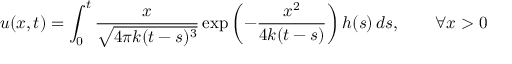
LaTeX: u ( x , t ) = \int _ { 0 } ^ { t } { \frac { x } { \sqrt { 4 \pi k ( t - s ) ^ { 3 } } } } \exp \left( - { \frac { x ^ { 2 } } { 4 k ( t - s ) } } \right) h ( s ) \, d s , \qquad \forall x > 0